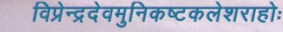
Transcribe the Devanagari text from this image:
विप्रेन्द्रदेवमुनिकष्टकलेशराहोः